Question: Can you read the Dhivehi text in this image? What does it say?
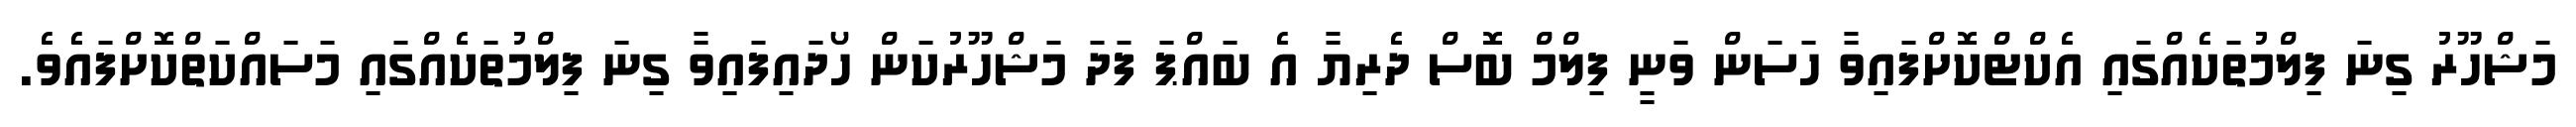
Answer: މަޝްހޫރު ގިނަ ފިލްމުތަކެއްގައި އެކްޓްކޮށްފައިވާ ހަސަން ވަނީ ފިލްމް ބޮސް ދެރިޔާ އެ ބައްޕަ ފަދަ މަޝްހޫރުކަން ހޯދައިފައިވާ ގިނަ ފިލްމުތަކެއްގައި މަސައްކަތްކޮށްފައެވެ.